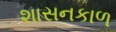
શાસનકાળ